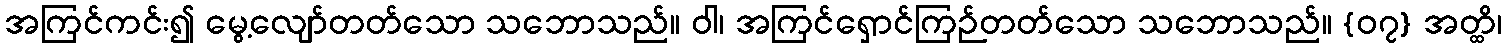
အကြင်ကင်း၍ မွေ့လျော်တတ်သော သဘောသည်။ ဝါ၊ အကြင်ရှောင်ကြဉ်တတ်သော သဘောသည်။ {၀၇} အတ္ထိ၊